Vaccination Hyderabad 1872-1889 - 1872-1889
Year: 1872
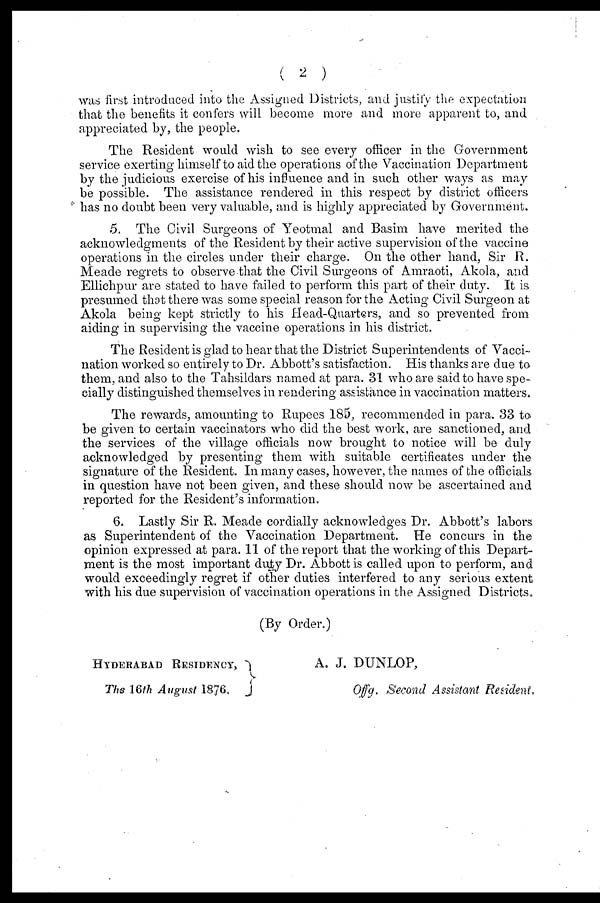
( 2 )
was first introduced into the Assigned Districts, and justify the expectation
that the benefits it confers will become more and more apparent to, and
appreciated by, the people.
The Resident would wish to see every officer in the Government
service exerting himself to aid the operations of the Vaccination Department
by the judicious exercise of his influence and in such other ways as may
be possible. The assistance rendered in this respect by district officers
has no doubt been very valuable, and is highly appreciated by Government.
5. The Civil Surgeons of Yeotmal and Basim have merited the
acknowledgments of the Resident by their active supervision of the vaccine
operations in the circles under their charge. On the other hand, Sir R.
Meade regrets to observe that the Civil Surgeons of Amraoti, Akola, and
Ellichpur are stated to have failed to perform this part of their duty. It is
presumed that there was some special reason for the Acting Civil Surgeon at
Akola being kept strictly to his Head-Quarters, and so prevented from
aiding in supervising the vaccine operations in his district.
The Resident is glad to hear that the District Superintendents of Vacci-
nation worked so entirely to Dr. Abbott's satisfaction. His thanks are due to
them, and also to the Tahsildars named at para. 31 who are said to have spe-
cially distinguished themselves in rendering assistance in vaccination matters.
The rewards, amounting to Rupees 185, recommended in para. 33 to
be given to certain vaccinators who did the best work, are sanctioned, and
the services of the village officials now brought to notice will be duly
acknowledged by presenting them with suitable certificates under the
signature of the Resident. In many cases, however, the names of the officials
in question have not been given, and these should now be ascertained and
reported for the Resident's information.
6. Lastly Sir R. Meade cordially acknowledges Dr. Abbott's labors
as Superintendent of the Vaccination Department. He concurs in the
opinion expressed at para. 11 of the report that the working of this Depart-
ment is the most important duty Dr. Abbott is called upon to perform, and
would exceedingly regret if other duties interfered to any serious extent
with his due supervision of vaccination operations in the Assigned Districts.
(By Order.)
HYDERABAD RESIDENCY,
The 16 th August 1876.
A. J. DUNLOP,
Offg. Second Assistant Resident,